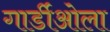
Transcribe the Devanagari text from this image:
गार्डीओला